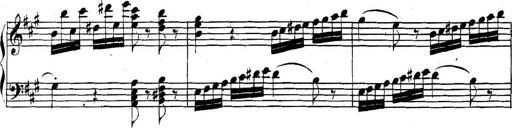
Title: Collected Piano Sonatas
Composer: Muzio Clementi